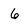
Character: 6